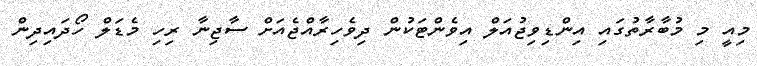
މިއީ މި މުބާރާތުގައި އިންޑިވިޖުއަލް އިވެންޓަކުން ދިވެހިރާއްޖެއަށް ސާޖިނާ ރިހި މެޑަލް ހޯދައިދިން